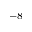
^ { - 8 }